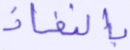
بالنفاذ